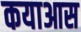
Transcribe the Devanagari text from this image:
कयाआस